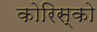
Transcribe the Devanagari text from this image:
कोरिस्को